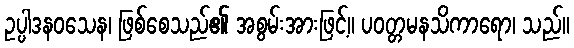
ဥပ္ပါဒနဝသေန၊ ဖြစ်စေသည်၏ အစွမ်းအားဖြင့်။ ပဝတ္တမနသိကာရော၊ သည်။